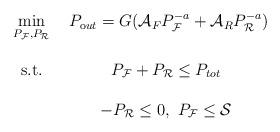
LaTeX: \begin{align*}\begin{matrix}\displaystyle \min_{P_{\cal F},P_{\cal R} } &~ P_{\text out} = G (\mathcal{A}_F P_{\cal F}^{-a}+ \mathcal{A}_R P_{\cal R}^{-a}) \\ \\\textrm{s.t.}& P_{\cal F}+P_{\cal R} \leq P_{tot} \\ \\& -P_{\cal R}\leq 0, ~ P_{\cal F}\leq \mathcal{S} &\end{matrix}\end{align*}